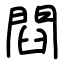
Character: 閰